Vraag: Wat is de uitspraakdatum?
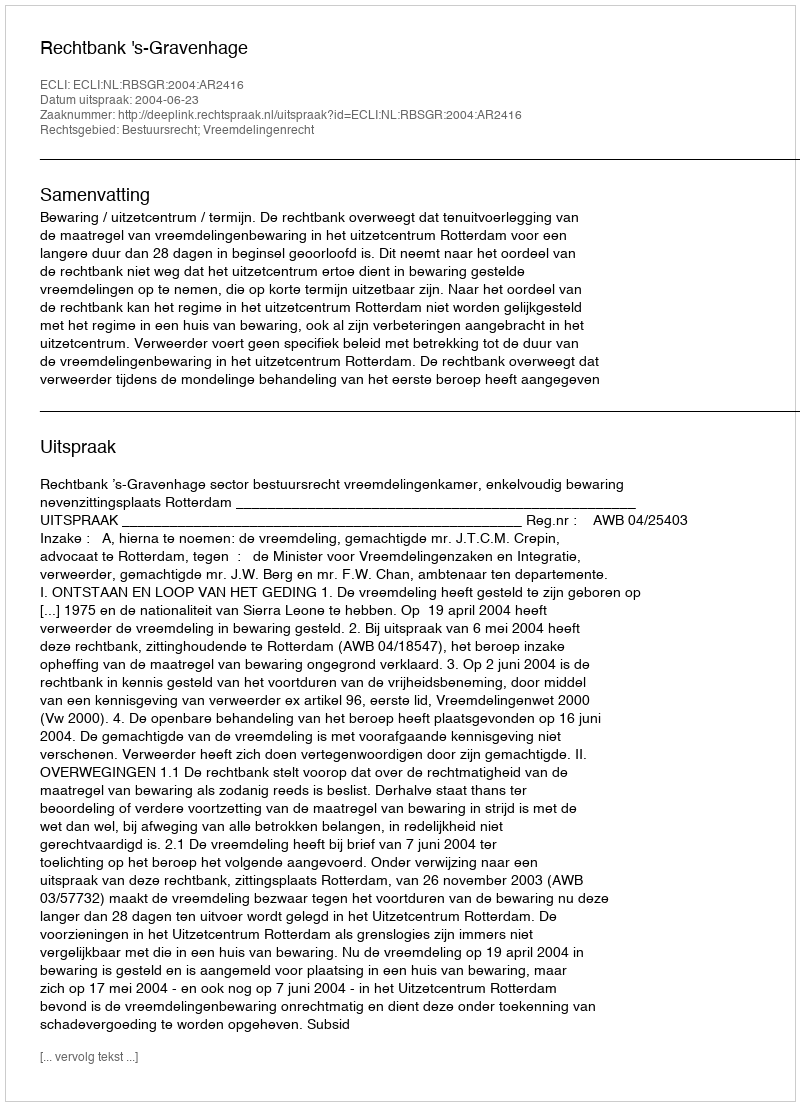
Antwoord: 2004-06-23